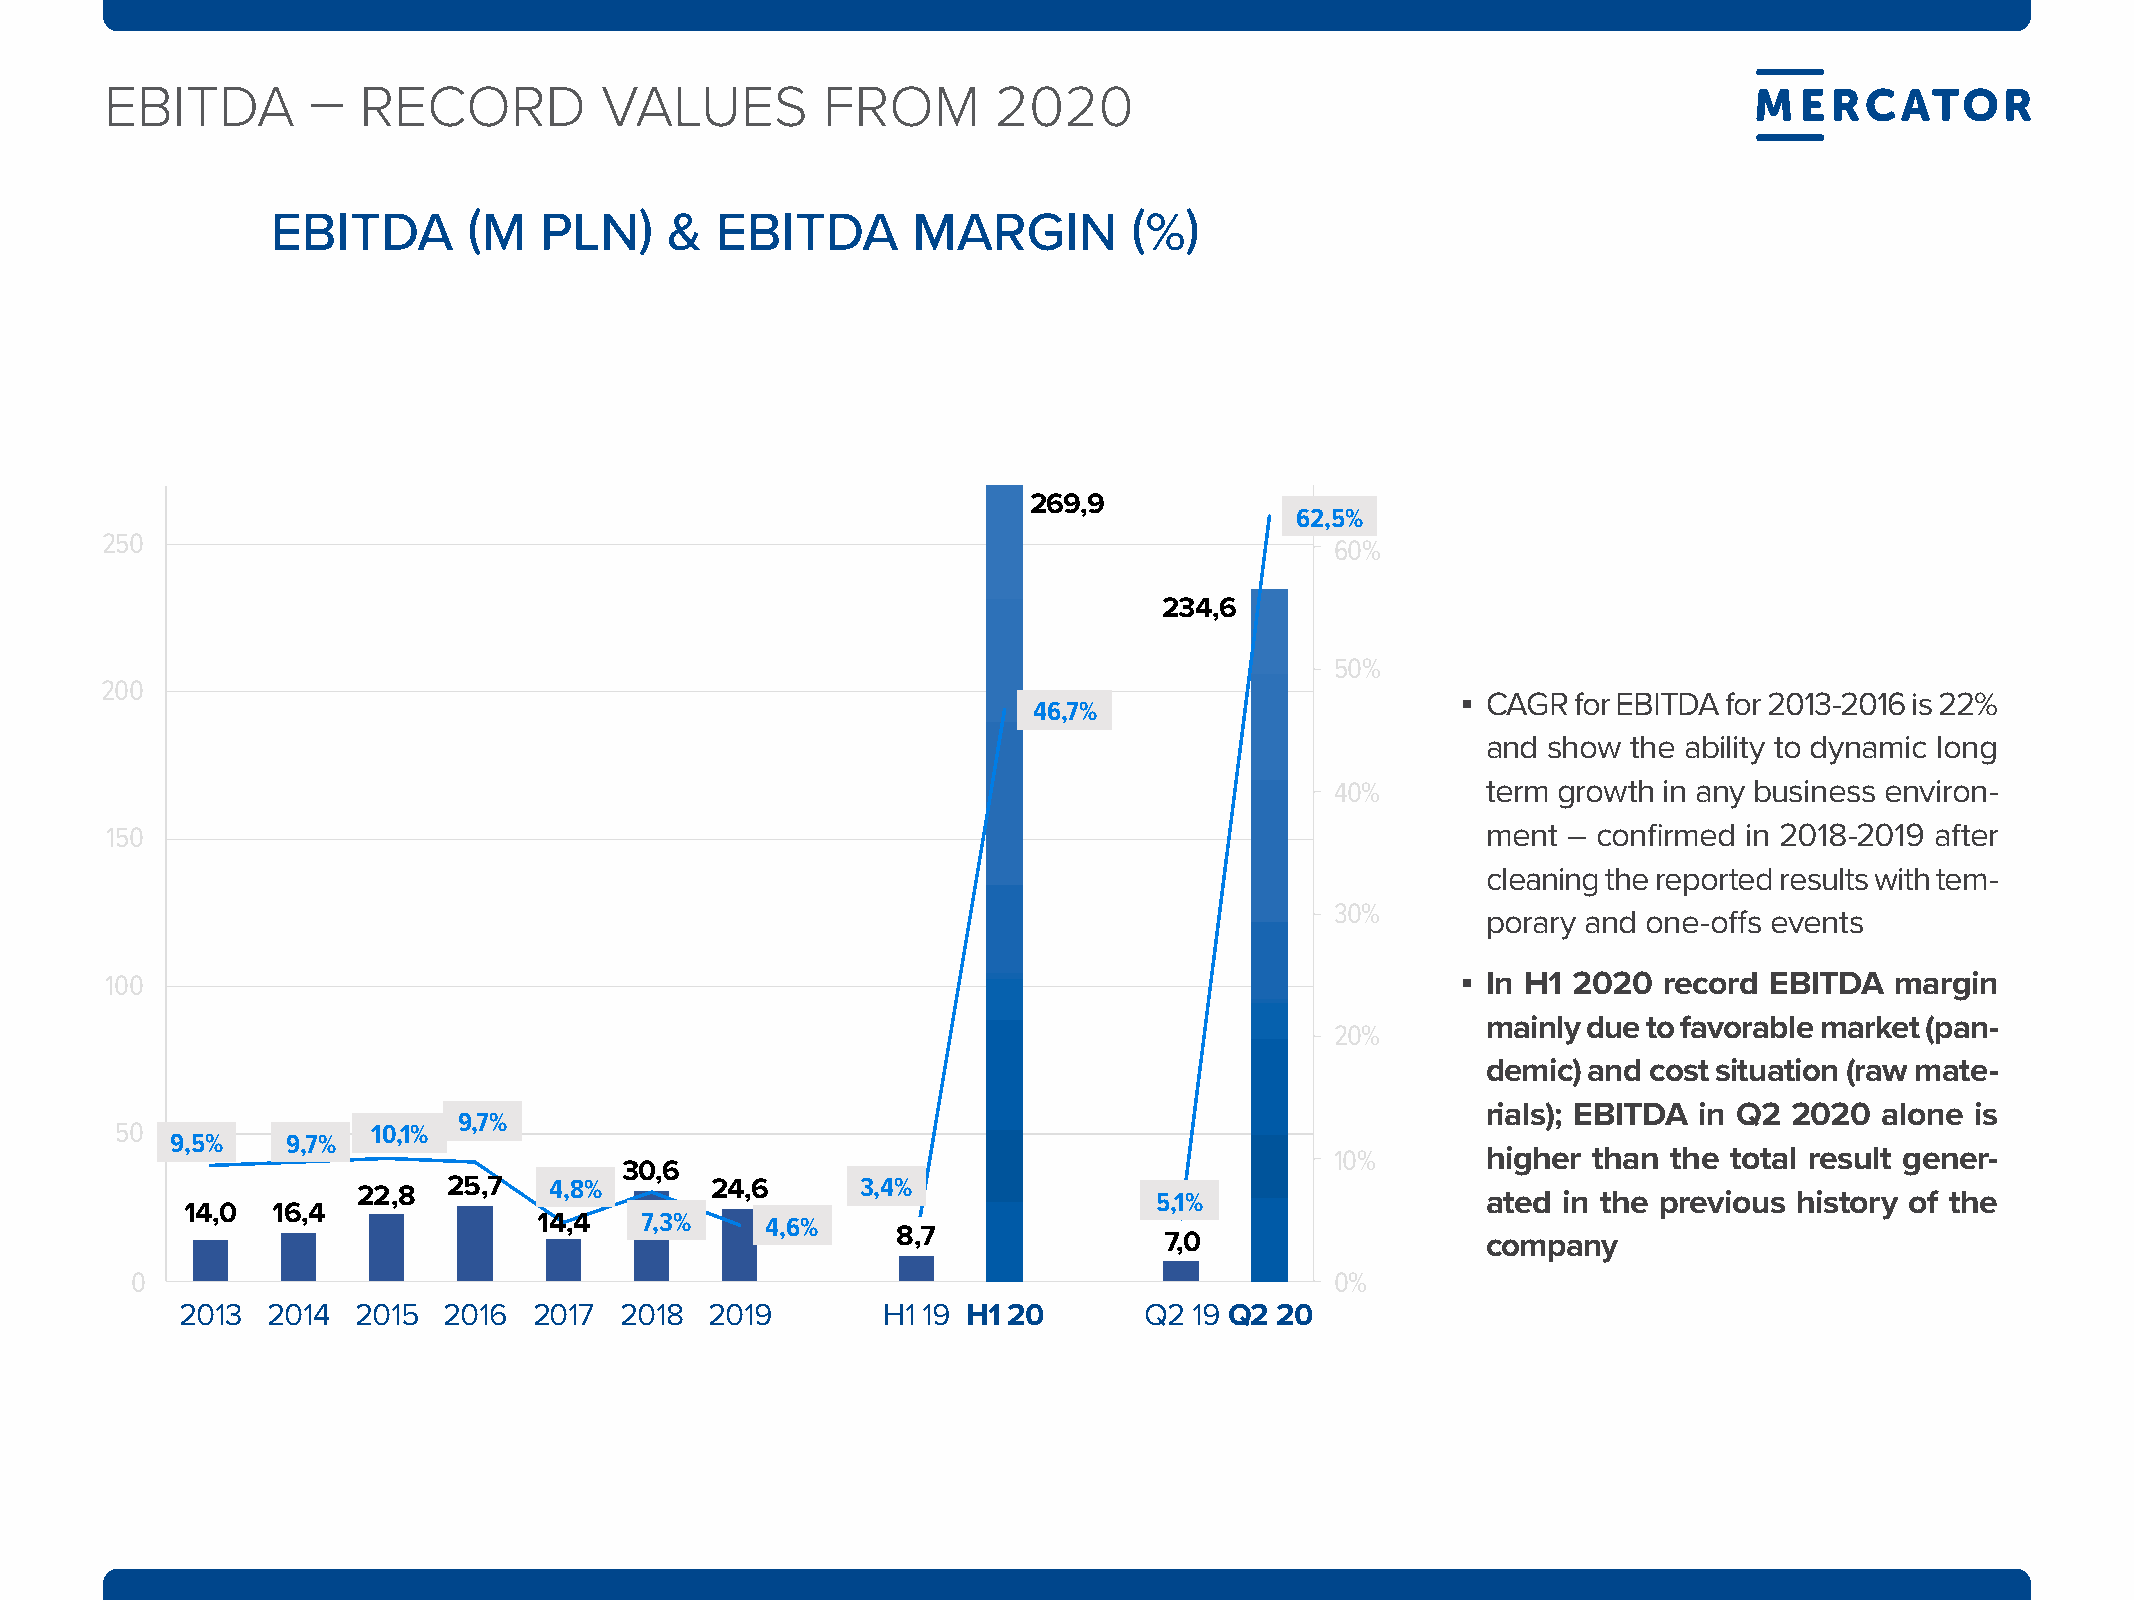
EBItda        –  rECOrd          ValuEs        frOm        2020
 eBiTDa       (m   Pln)    &  eBiTDa       marGin         (%)
 269,9
 62,5%
 250
 60%
 234,6
 50%
 200
 ▪ CAGR for EBITDA for 2013-2016 is 22%
 46,7%
 and show  the ability to dynamic long
 40%       term growth in any business environ-
 150                                                                                        ment  – confirmed in 2018-2019 after
 cleaning the reported results with tem-
 30%
 porary and one-offs events
 100                                                                                       ▪ In H1 2020 record EBITdA  margin
 mainly due to favorable market (pan-
 20%
 demic) and cost situation (raw mate-
 rials); EBITdA in q2 2020  alone is
 9,7%
 50               10,1%
 9,5%    9,7%
 10%       higher than  the total result gener-
 30,6
 22,8  25,7  4,8%       24,6      3,4%                5,1%                 ated in the previous history of the
 14,0  16,4
 14,4  7,3%     4,6%
 8,7
 7,0                  company
 0                                                                              0%
 2013  2014 2015  2016  2017  2018  2019       H1 19 H1 20       Q2 19 q2 20